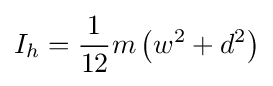
I_{h}={\frac {1}{12}}m\left(w^{2}+d^{2}\right)